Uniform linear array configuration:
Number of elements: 32
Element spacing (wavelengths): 0.5
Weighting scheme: hann
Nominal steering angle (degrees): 30
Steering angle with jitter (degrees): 28.888
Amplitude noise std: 0.05
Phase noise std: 0.05

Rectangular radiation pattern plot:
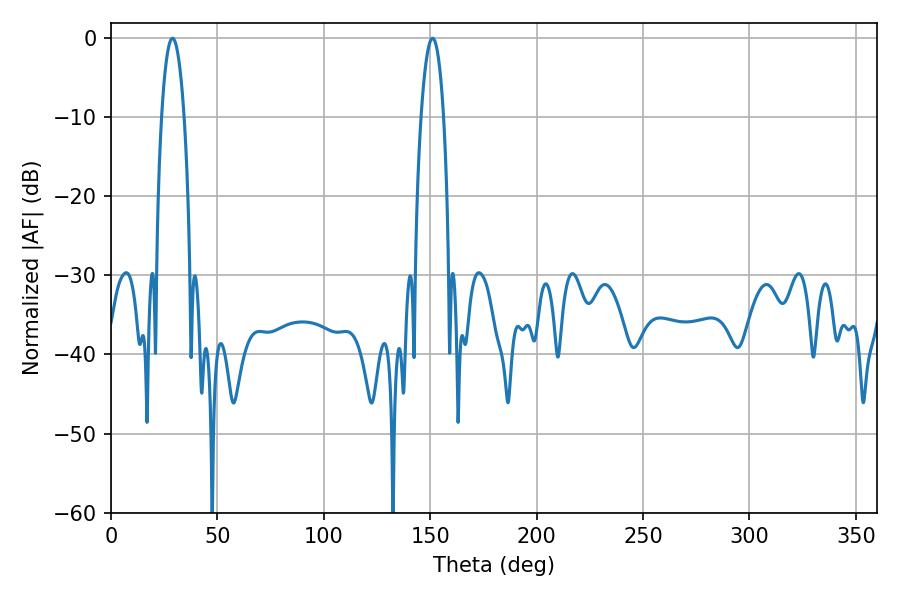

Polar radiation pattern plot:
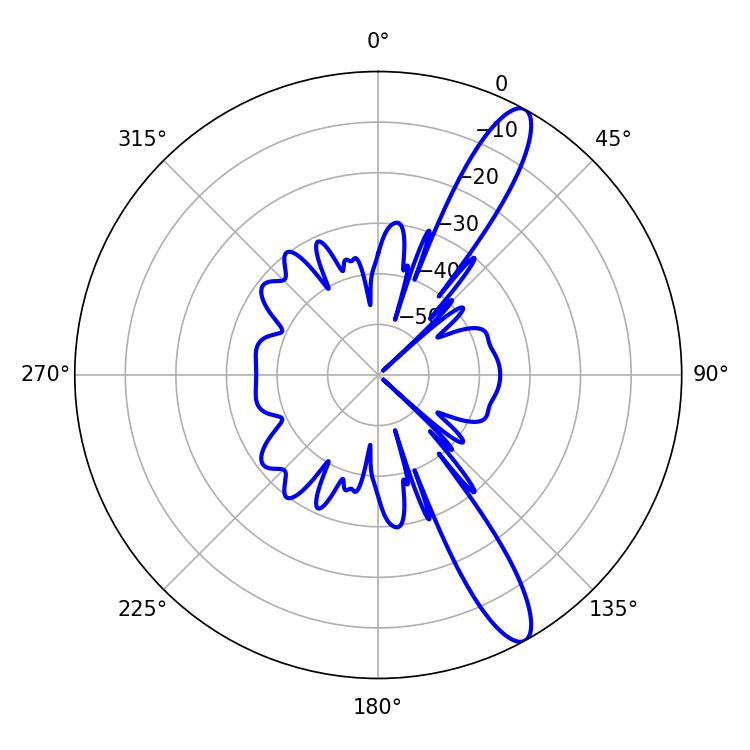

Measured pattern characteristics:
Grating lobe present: FALSE
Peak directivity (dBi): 12.737
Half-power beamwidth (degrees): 5.94
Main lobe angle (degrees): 151.02